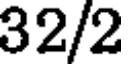
32/2